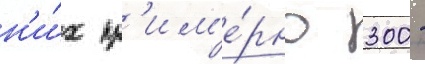
н'и́х пр'им'е́рно 300 -